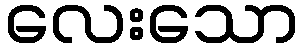
လေးသော